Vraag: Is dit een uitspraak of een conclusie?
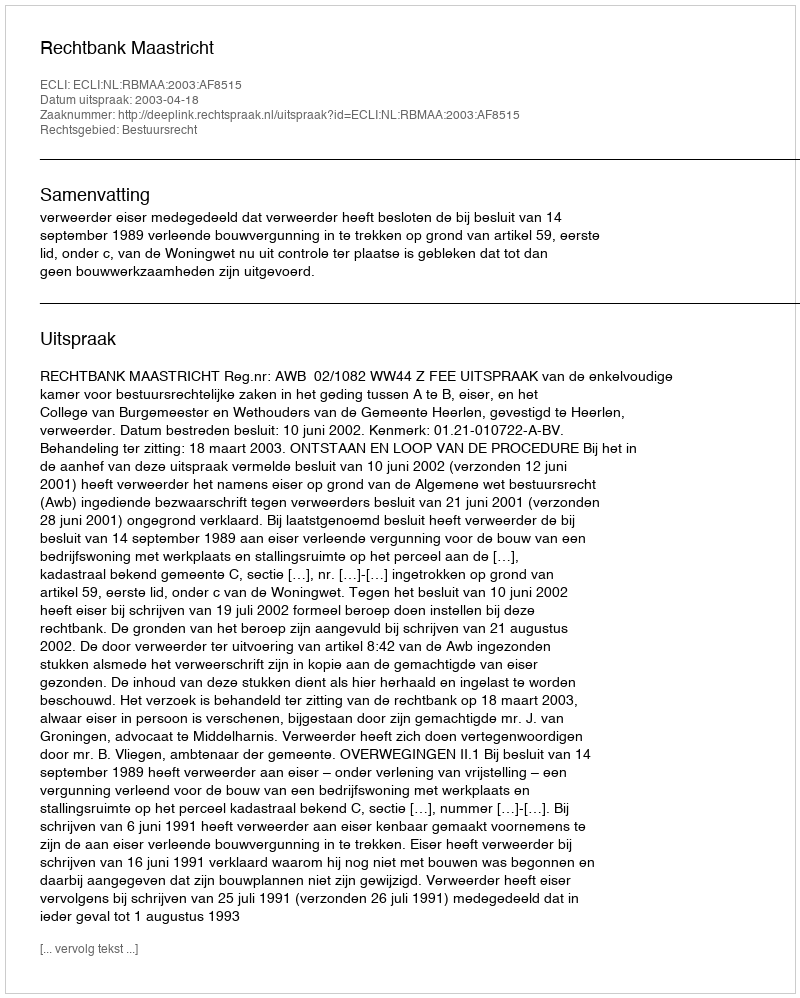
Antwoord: Uitspraak